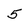
Character: 5